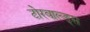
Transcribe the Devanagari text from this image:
टोरवाल्ड्स